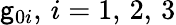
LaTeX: \mathsf{g}_{0i},\, i=1,\, 2,\, 3